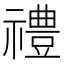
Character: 禮